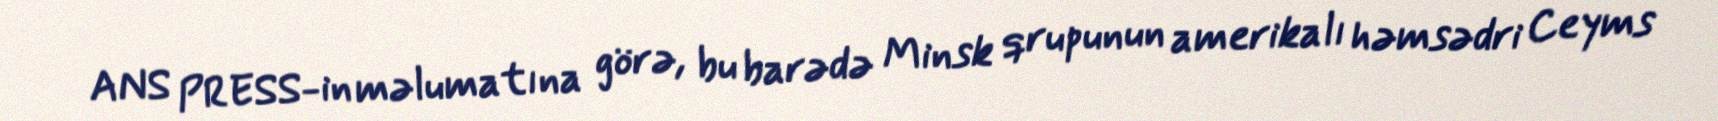
ANS PRESS-in məlumatına görə, bu barədə Minsk qrupunun amerikalı həmsədri Ceyms